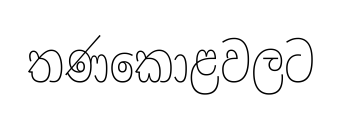
තණකොළවලට